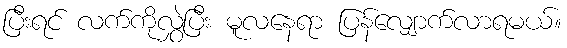
ပြီးရင် လက်ကိုလွှဲပြီး မူလနေရာ ပြန်လျှောက်လာရမယ်။